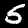
Label: 5